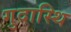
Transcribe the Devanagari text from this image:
गुदास्थि